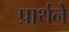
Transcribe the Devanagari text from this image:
प्रार्थने